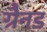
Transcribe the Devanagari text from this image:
ग्रैनड